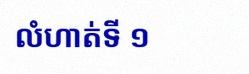
លំហាត់ទី ១